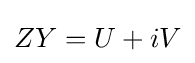
ZY=U+iV\,\!